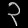
Digit: ၃